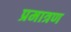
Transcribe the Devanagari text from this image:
प्रमात्रण